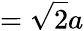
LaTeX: ={\sqrt{2}}a